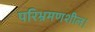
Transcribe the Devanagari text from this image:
परिभ्रमणशील।